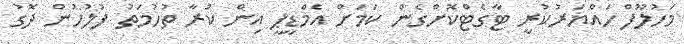
މަހުލޫފް ހައްޔަރުކުރީ ޓާގެޓްކޮށްގެން ކަމަށް އެމްޑީޕީ އިން ކުރާ ތުހުމަތު ފުލުހުން ދޮގު